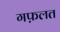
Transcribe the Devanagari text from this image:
गफ़लत